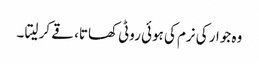
وہ جوار کی نرم کی ہوئی روٹی کھاتا، قے کر لیتا ۔